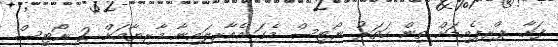
ފަށާ. ޕްރިޕެއިޑަށް ތިން ހަތަރު ނޯޓިސް މެގަ އެއާރލައިނާ މާރިޔާއަށް 2 ނޯޓިސް